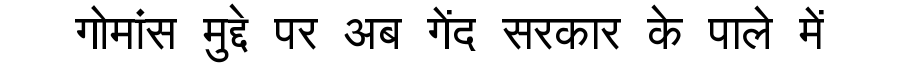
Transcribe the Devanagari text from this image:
गोमांस मुद्दे पर अब गेंद सरकार के पाले में